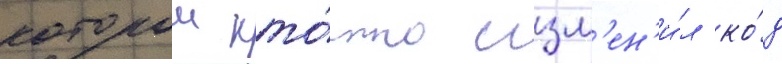
которои кто́-то изм'ен'и́л ко́д